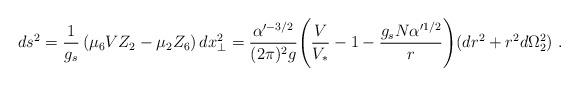
LaTeX: \begin{align*}ds^2={1\over g_s}\left(\mu_6 V Z_2 - \mu_2 Z_6\right)dx_\perp^2 = {\alpha'^{-3/2}\over (2\pi)^2 g} \Biggl(\frac{V}{V_*} - 1 - \frac{g_s N \alpha'^{1/2}}{r}\Biggr)(dr^2+r^2d\Omega^2_2)\ .\end{align*}